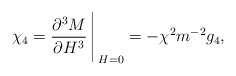
\begin{align*}\chi_4 = {\partial^3M \over{\partial H^3}} \Bigg\arrowvert_{H = 0} = - \chi^2 m^{-2} g_4, \qquad \quad \\\end{align*}